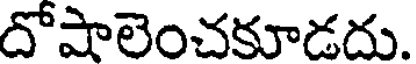
దోషాలెంచకూడదు.